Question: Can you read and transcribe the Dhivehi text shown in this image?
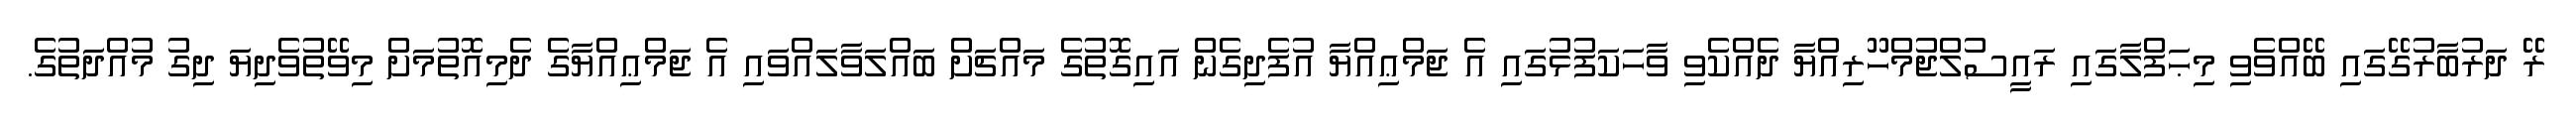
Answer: ރޭ ދަރުބާރުގޭގައި ބޭއްވެވި މިޙަފްލާގައި ރައީސުލްޖުމްހޫރިއްޔާ ދެއްކެވި ވާހަކަފުޅުގައި އެ ޖަމްޢިއްޔާ އުފެދިގެން އައިގޮތުގެ މައްޗަށް ބައްލަވާލައްވައި އެ ޖަމްޢިއްޔާގެ ދެމިއޮތުމަށް މިވޭތުވެދިޔަ ދިގު މުއްދަތުގެ.